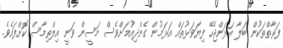
ފަރާތްތަކުން ބަލާ އަޅަންޖެހޭ ފިޔަވަޅުތައް އަޅަމުން ގެންދިއުމަށްވެސް މަސީން ވަނީ އިލްތިމާސް ކޮށްފައެވެ.